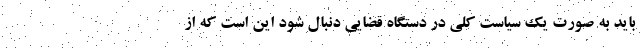
باید به صورت یک سیاست کلی در دستگاه قضایی دنبال ‌شود این است که از